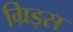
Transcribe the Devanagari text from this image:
ग्रिड्स